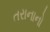
તરાનાનો